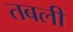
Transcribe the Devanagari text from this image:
तबली